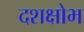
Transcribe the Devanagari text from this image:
दशक्षोभ